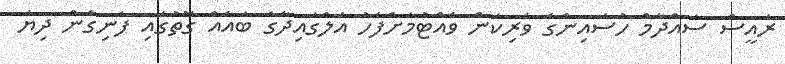
ރައީސް ސައްދާމް ހުސައިންގެ ވެރިކަން ވެއްޓުމަށްފަހު އަލްގައިދާގެ ބައެއް ގޮތުގައި ފެނިގެން ދިޔަ